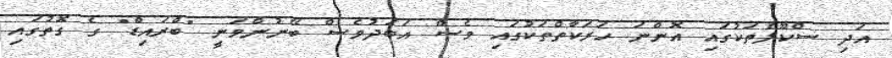
އަދި ސްކޫލްތަކުގައި އޮންނަ ހަރަކާތްތަކުގައި ވެސް އަބަދުވެސް ބޭނުންވަނީ "ބްރައިޑް" ގެ ގޮތުގައި